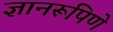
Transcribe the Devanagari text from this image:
ज्ञानरूपिणे